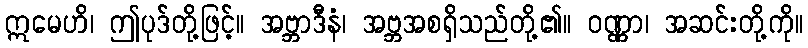
ဣမေဟိ၊ ဤပုဒ်တို့ဖြင့်။ အဗ္ဘာဒီနံ၊ အဗ္ဘအစရှိသည်တို့၏။ ဝဏ္ဏာ၊ အဆင်းတို့ကို။